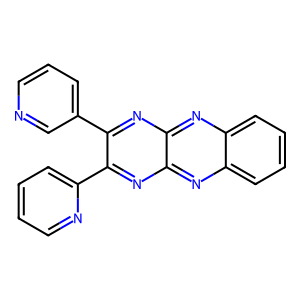
SMILES: c1ccc(-c2nc3nc4ccccc4nc3nc2-c2cccnc2)nc1
Inhibits HIV replication: No